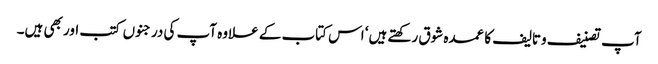
آپ تصنیف وتالیف کا عمدہ شوق رکھتے ہیں‘ اس کتاب کے علاوہ آپ کی درجنوں کتب اور بھی ہیں۔